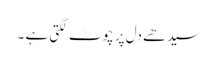
سیدھے دل پر چوٹ لگتی ہے ۔